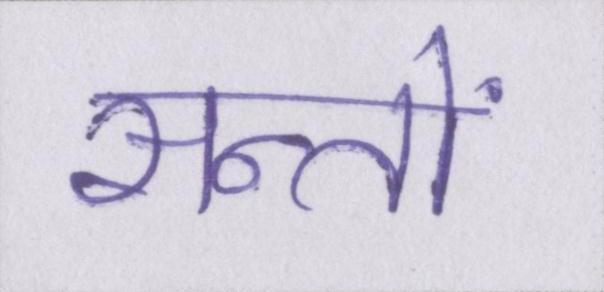
सन्तों